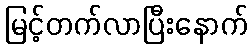
မြင့်တက်လာပြီးနောက်